Report on vaccination North-West Frontier Province 1904-1922 - 1904-1922
Year: 1904
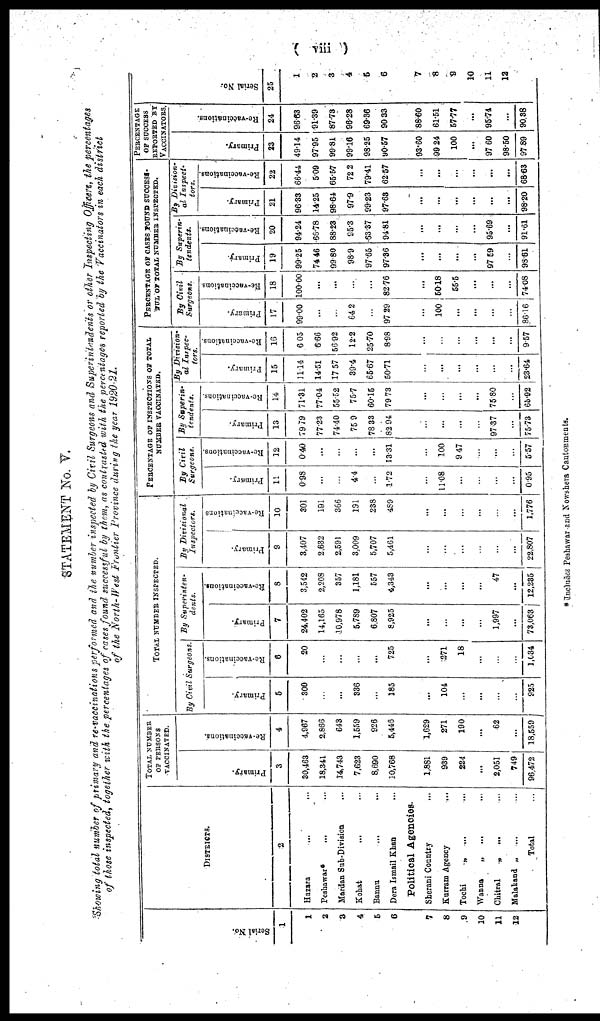
( viii )
STATEMENT No. V.
Showing total number of primary and re-vaccinations performed and the number inspected by Civil Surgeons and Superintendents or other Inspecting Officers, the percentages
of those inspected, together with the percentages of cases found successful by them, as contrasted with the percentages reported by the Vaccinators in each district
of the North-West Frontier Province during the year 1920-21.
Serial No.
1
1
2
3
4
5
6
7
8
9
10
11
12
DISTRICTS.
2
Hazara ... ...
Peshawar* ... ...
Mardan Sub-Division ...
Kohat ... ...
Bannu ... ...
Dera Ismail Khan ...
Political Agencies.
Sherani Country ...
Kurram Agency ...
Tochi
„ ... ...
Wanna
„
... ...
Chitral
„
... ...
Malakand „
... ...
Total ...
TOTAL NUMBER
OF PERSONS
VACCINATED.
Primary.
3
30,463
18,341
14,743
7,623
8,690
10,768
1,881
939
224
...
2,051
749
96,472
Re-vaccinations.
4
4,967
2,866
643
1,559
926
5,446
1,629
271
190
...
62
...
18,559
TOTAL NUMBER INSPECTED.
By Civil Surgeons.
Primary.
5
306
...
...
336
...
185
...
104
...
...
...
...
925
Re-vaccinations.
6
20
...
...
...
...
725
...
271
18
...
...
...
1,034
By Superinten¬
dents.
Primary.
7
24,402
14,165
10,978
5,789
6,807
8,925
...
...
...
...
1,997
...
73,063
Re-vaccinations.
8
3,542
2,208
357
1,181
557
4,343
...
...
...
...
47
...
12,235
By Divisional
Inspectors.
Primary.
9
3,407
2,632
2,591
3,009
5,707
5,461
...
...
...
...
...
...
22,807
Re-vaccinations.
10
301
191
366
191
238
489
...
...
...
...
...
...
1,776
PERCENTAGE OF INSPECTIONS OF TOTAL
NUMBER VACCINATED.
By Civil
Surgeons.
Primary.
11
0.98
...
...
4.4
...
1.72
...
11.08
...
...
...
...
0.95
Re-vaccinations.
12
0.40
...
...
...
...
13.31
...
100
9.47
...
...
...
5.57
By Superin¬
tendents.
Primary.
13
79.79
77.23
74.40
75.9
78.33
82.94
...
...
...
...
97.37
...
75.73
Re-vaccinations.
14
71.31
77.04
55.52
75.7
60.15
79.73
...
...
...
...
75.80
...
65.92
By Division¬
al Inspec¬
tors.
Primary.
15
11.14
14.51
17.57
39.4
65.67
50.71
...
...
...
...
...
...
23.64
Re-vaccinations.
16
6.05
6.66
56.92
12.2
25.70
8.98
...
...
...
...
...
...
9.57
PERCENTAGE OF CASES FOUND SUCCESS¬
FUL OF TOTAL NUMBER INSPECTED.
By Civil
Surgeons.
Primary.
17
99.00
...
...
64.2
...
97.29
...
100
...
...
...
86.16
Re-vaccinations.
18
100.00
...
...
...
...
82.76
...
50.18
55.5
...
...
...
74.08
By Superin-
tendents.
Primary.
19
99.25
74.46
99.80
98.9
97.66
97.36
...
...
...
...
97.59
...
98.61
Re-vaccinations.
20
94.24
66.78
88.23
95.3
63.37
94.81
...
...
...
...
95.69
...
91.61
By Division¬
al Inspect¬
tors.
Primary.
21
96.33
14.25
98.64
97.9
99.23
97.63
...
...
...
...
...
...
98.20
Re-vaccinations.
22
66.44
5.09
65.57
72.2
79.41
62.57
...
...
...
...
...
...
68.63
PERCENTAGE
OF SUCCESS
REPORTED BY
VACCINATORS.
Primary.
23
49.14
97.95
99.81
99.16
98.25
90.57
93.60
99.24
100
...
97.60
98.50
97.89
Re-vaccinations.
24
96.63
91.39
87.73
96.28
69.36
90.33
88.60
61.51
57.77
...
95.74
...
90.38
Serial No.
25
1
2
3
4
5
6
7
8
9
10
11
12
*Includes Peshawar and Nowshera Cantonments.